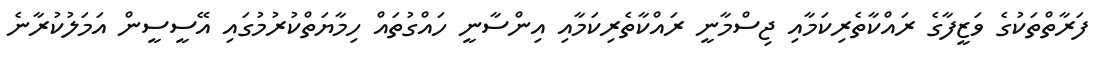
ފަރާތްތަކުގެ ވަޒީފާގެ ރައްކާތެރިކަމާއި ޖިސްމާނީ ރައްކާތެރިކަމާއި އިންސާނީ ހައްގުތައް ހިމާޔަތްކުރުމުގައި އޭސީސީން އަމަލުކުރާނެ